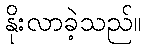
နိုးလာခဲ့သည်။